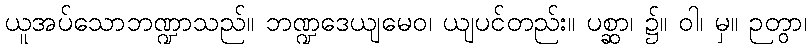
ယူအပ်သောဘဏ္ဍာသည်။ ဘဏ္ဍဒေယျမေဝ၊ ယျပင်တည်း။ ပစ္ဆာ၊ ၌။ ဝါ၊ မှ။ ဉတွာ၊